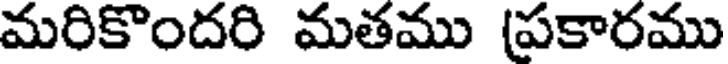
మరికొందరి మతము (ప్రకారము